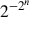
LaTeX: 2 ^ { - 2 ^ { n } }